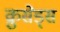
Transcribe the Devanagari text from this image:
क्रुसेड्स